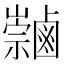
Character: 𪉻